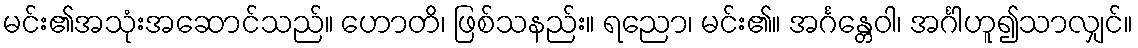
မင်း၏အသုံးအဆောင်သည်။ ဟောတိ၊ ဖြစ်သနည်း။ ရညော၊ မင်း၏။ အင်္ဂန္တေဝါ၊ အင်္ဂါဟူ၍သာလျှင်။